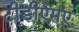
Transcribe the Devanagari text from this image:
टीडीएमए